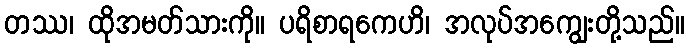
တဿ၊ ထိုအမတ်သားကို။ ပရိစာရကေဟိ၊ အလုပ်အကျွေးတို့သည်။